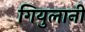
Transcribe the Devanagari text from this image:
गियुलानी